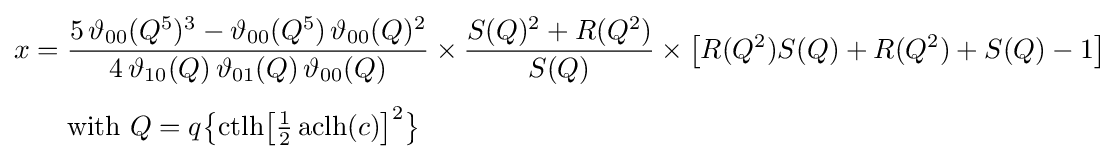
{\begin{aligned}x={}&{\frac {5\,\vartheta _{00}(Q^{5})^{3}-\vartheta _{00}(Q^{5})\,\vartheta _{00}(Q)^{2}}{4\,\vartheta _{10}(Q)\,\vartheta _{01}(Q)\,\vartheta _{00}(Q)}}\times {\frac {S(Q)^{2}+R(Q^{2})}{S(Q)}}\times {\bigl [}R(Q^{2})S(Q)+R(Q^{2})+S(Q)-1{\bigr ]}\\[4pt]&\mathrm {with} \,\,Q=q{\bigl \{}\mathrm {ctlh} {\bigl [}{\tfrac {1}{2}}\operatorname {aclh} (c){\bigr ]}^{2}{\bigr \}}\end{aligned}}